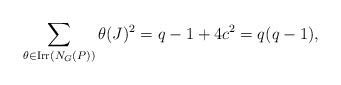
LaTeX: \begin{align*}\sum\limits_{\theta\in {\rm Irr}(N_G(P))} \theta(J)^2= q-1 + 4c^2= q(q-1),\end{align*}